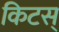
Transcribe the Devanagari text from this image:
किटस्